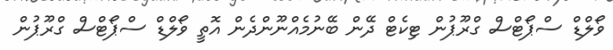
ވޯލްޑް ސްޕޯޓްސް ގްރޫޕުން ޓިކެޓް ދޭން ބޭނުމެއްނޫންދެން އޮތީ ވޯލްޑް ސްޕޯޓްސް ގްރޫޕުން